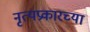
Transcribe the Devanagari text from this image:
नृत्यप्रकारच्या